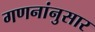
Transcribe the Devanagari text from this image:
गणनांनुसार